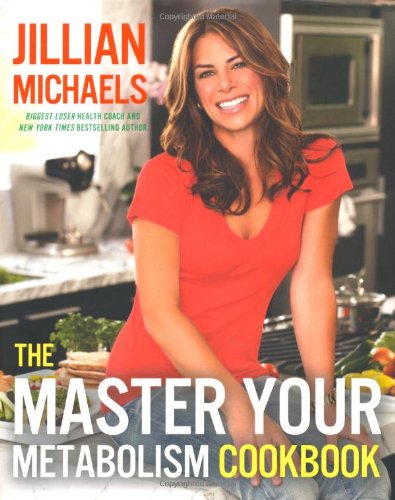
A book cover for The Master Your Metabolism Cookbook; Jillian Michaels; Cookbooks, Food & Wine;